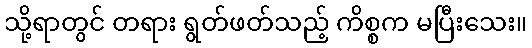
သို့ရာတွင် တရား ရွတ်ဖတ်သည့် ကိစ္စက မပြီးသေး။